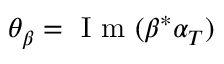
\theta _ { \beta } = \mathrm { ~ I ~ m ~ } ( \beta ^ { \ast } \alpha _ { T } )